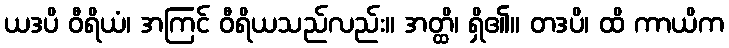
ယဒပိ ဝီရိယံ၊ အကြင် ဝီရိယသည်လည်း။ အတ္ထိ၊ ရှိ၏။ တဒပိ၊ ထိ ကာယိက